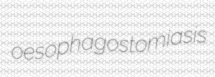
oesophagostomiasis